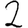
Digit: 2